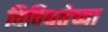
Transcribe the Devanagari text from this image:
विविधतेच्या